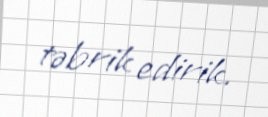
təbrik edirik.